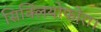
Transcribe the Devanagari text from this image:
सिक्लियोफोरा।